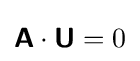
{\boldsymbol {\mathsf {A}}}\cdot {\boldsymbol {\mathsf {U}}}=0\,\!